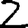
Digit: 2